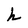
Character: h